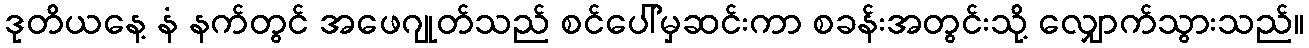
ဒုတိယနေ့ နံ နက်တွင် အဖေဂျုတ်သည် စင်ပေါ်မှဆင်းကာ စခန်းအတွင်းသို့ လျှောက်သွားသည်။